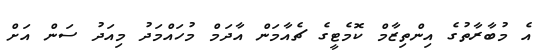
އެ މުބާރާތުގެ އިންތިޒާމް ކޮމެޓީގެ ޗެއާމަން އާދަމް މުހައްމަދު މިއަދު ސަން އަށް